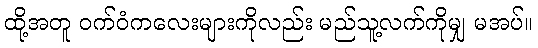
ထို့အတူ ဝက်ဝံကလေးများကိုလည်း မည်သူ့လက်ကိုမျှ မအပ်။